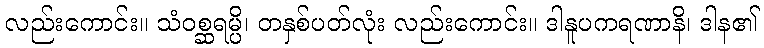
လည်းကောင်း။ သံဝစ္ဆရမ္ပိ၊ တနှစ်ပတ်လုံး လည်းကောင်း။ ဒါနူပကရဏာနိ၊ ဒါန၏